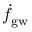
\dot { f } _ { \mathrm { g w } }